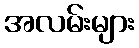
အလမ်းများ